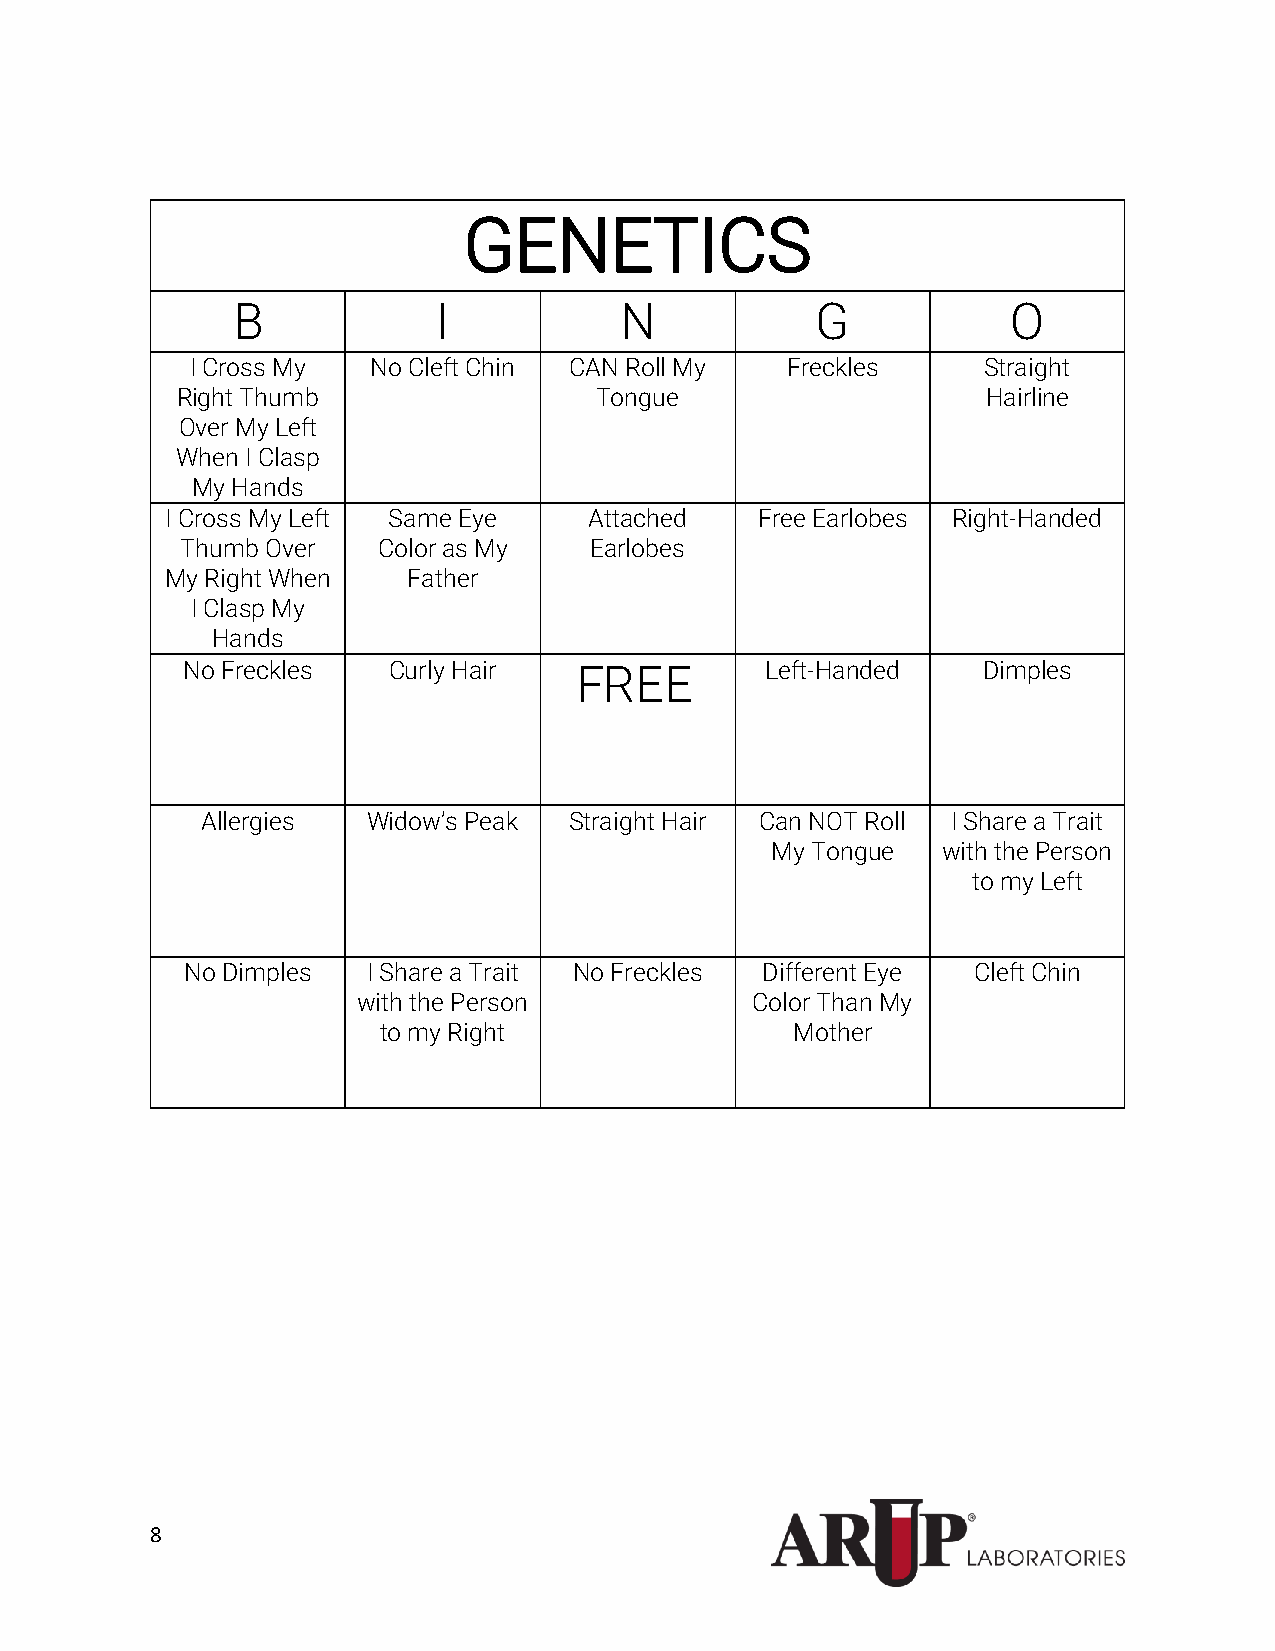
GENETICS
 B             I           N            G            O
 I Cross My  No Cleft Chin CAN Roll My  Freckles     Straight
 Right Thumb                Tongue                    Hairline
 Over My Left
 When I Clasp
 My Hands
 I Cross My Left Same Eye    Attached   Free Earlobes Right-Handed
 Thumb Over   Color as My   Earlobes
 My Right When   Father
 I Clasp My
 Hands
 No Freckles   Curly Hair  FREE         Left-Handed   Dimples
 Allergies  Widow’s Peak  Straight Hair Can NOT Roll I Share a Trait
 My Tongue  with the Person
 to my Left
 No Dimples  I Share a Trait No Freckles Different Eye Cleft Chin
 with the Person           Color Than My
 to my Right                 Mother
 8